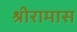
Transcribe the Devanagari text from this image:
श्रीरामास